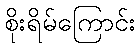
စိုးရိမ်ကြောင်း